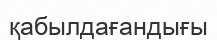
қабылдағандығы